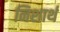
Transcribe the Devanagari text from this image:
निशार्थ